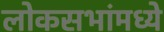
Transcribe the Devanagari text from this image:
लोकसभांमध्ये